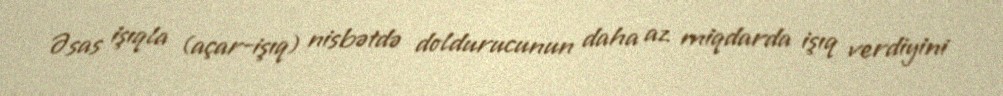
Əsas işıqla (açar-işıq) nisbətdə doldurucunun daha az miqdarda işıq verdiyini